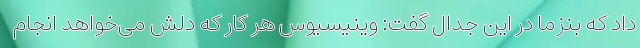
داد که بنزما در این جدال گفت: وینیسیوس هر کار که دلش می‌خواهد انجام